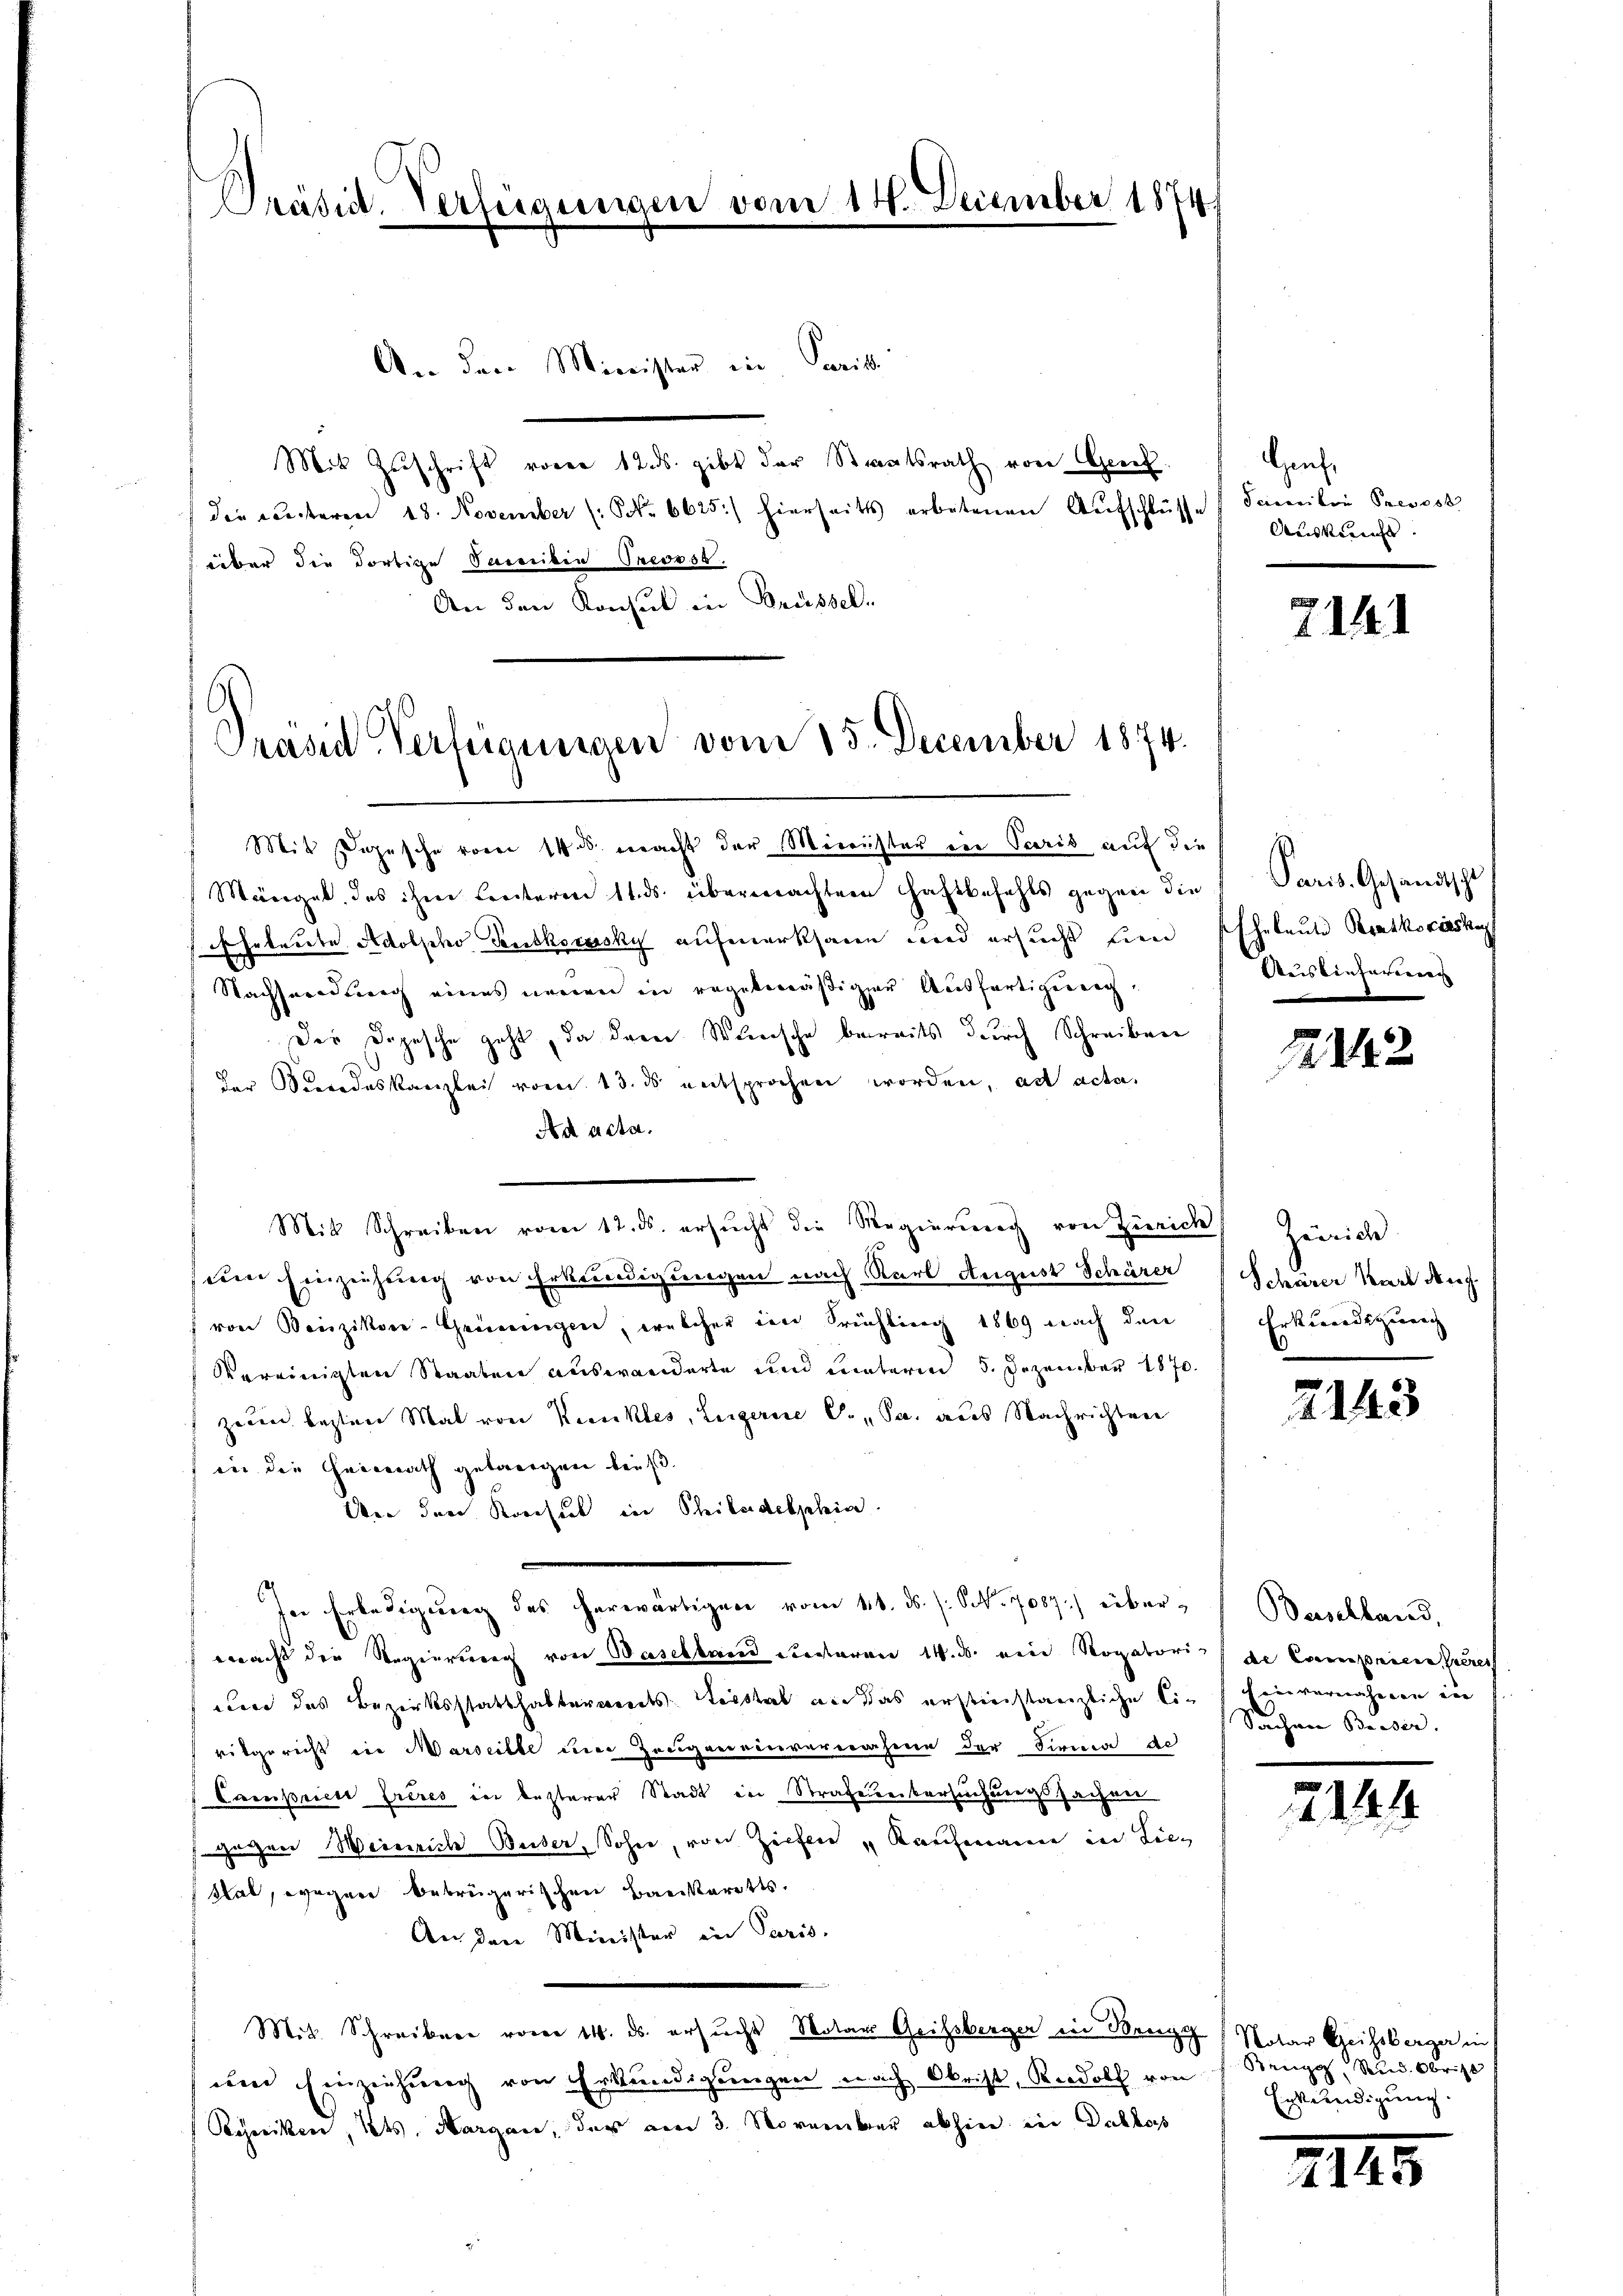
Präsid. Verfügungen vom 14. December 1874

An den Minister in Parisi
Mit Zŭschrift vorer 12 ds. gibt der Staatsrath von Geret.
die unteren 18. November (: NNo. 6625) hierseits erbetenen Aŭfschlüsse (Familie Prevost
über die dortige Soweiten Prevost.
An den Konsul in Brüssel.

Prasid Verfügungen vom 15. December 1874.

Mit Depesche vom 14. ds. macht der Minister in Paris auf die
Mängel, des ihre Freiteren 11. ds. übermachter Haftbefehls gegen die
Eheleute Adolpho Teutkowsky aufmerksam und ersucht hien Eheleute Bratkociska
Nachsendung eines neuen in regelmäßiger Ausfertigung,
Der Depesche geht, da dann Wunsche bereits durch Schreiben
der Seerodeskanzlei vom 13. ds entsprochen worden, ad acta.
Ad acta.
Mit Schreiben vom 12. ds. ersŭcht die Regierung von Zürich Zürich
den Einziehung von Erkundigungen nach Karl August Schärer
f von Benzikon-Gemeingen, welcher im Frühling 1869 nach den
Vereinigten Staaten auswanderte und unterm 5. Dezember 1870.
zeien besten Mal von Kunkles, Legerie C. Sa. aus Nachrichten
in die Heimath gelangen dieß.
Un den Konsul in Philadelphia
Ien Erledigung des herwärtigen vom 16. ds. s. S. 7087.) überwacht der Regierung von Baselland Rectoren 14. ds. eine Rogatoris de Campnicencieres
cun das Bezirksstatthalterworts erstab an das erstienstanzliche Civilgericht ein Marseilte iner Zeugeneinvernahme der Firma de
Caesrices frères in besterer Stadt in Strafeuerkersuchungszachner
 gegen Weinrich Beiber, Sohne, von Ziffen „Kaufmann in Lie¬
Stal, wegere betrügerischen Baukarotts.
An den Minister in Paris.
Mit Schreiben vom 14. ds. ersucht Notar Geissberger in Berg (Notar Geissberger in
im Einziehung von Erkundigungen nach Obrist, Rudolf von
Schrecken, Kts. Margau, das am 3. November abhin in Dachbars

Hanf¬
Auskunft.

7141

Paris. Gesandtschl
Auslieferen

242

Schärer Karl Aug.
Erkundigung

2143

Baselland,
invernahmen in
Sachen Beiser.

2141

Benz, Rud. Obrist
Enterendigung.

III